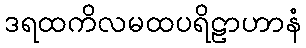
ဒရထကိလမထပရိဠာဟာနံ